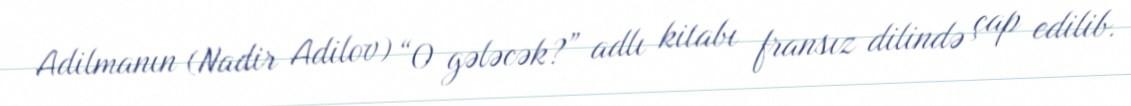
Adilmanın (Nadir Adilov) “O gələcək?” adlı kitabı fransız dilində çap edilib.